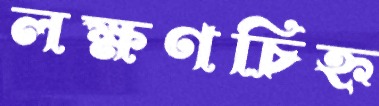
লক্ষণচিহ্ন